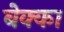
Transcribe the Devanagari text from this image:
बेक्का